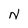
Character: N